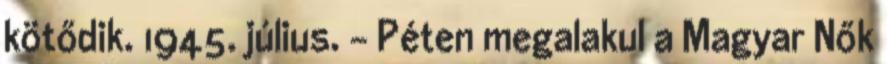
kötődik. 1945. július. – Péten megalakul a Magyar Nők